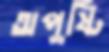
অপুষ্টি